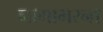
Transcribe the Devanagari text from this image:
नागाभरना